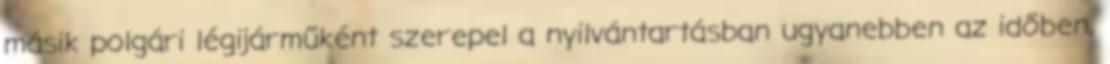
másik polgári légijárműként szerepel a nyilvántartásban ugyanebben az időben,